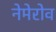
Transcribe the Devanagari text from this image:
नेमेरोव